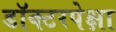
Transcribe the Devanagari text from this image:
डॉक्टरपेक्षा